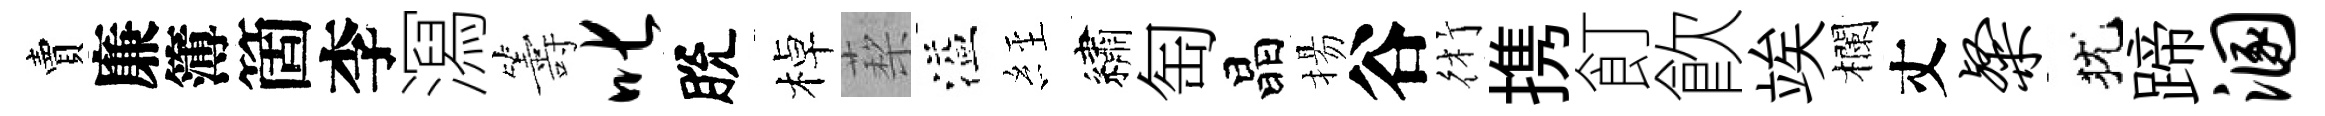
賣廉簿箇李㵼籌叱脫棹蔾溢𦀇繡匋晶揚谷術携飣飮竢欄丈粲犹蹄溷